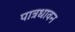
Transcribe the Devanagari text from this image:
पात्रधावन